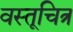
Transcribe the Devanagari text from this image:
वस्तूचित्र